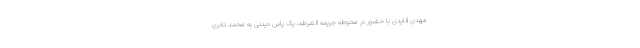
مهدی قایدی با حضور در محوطه جریمه الشرطه، یک پاس دیدنی به محمد نادری